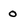
Character: o